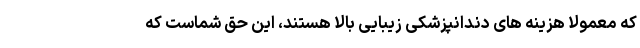
که معمولا هزینه های دندانپزشکی زیبایی بالا هستند، این حق شماست که